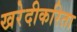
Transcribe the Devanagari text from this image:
खरेदीकरिता